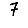
Digit: 7